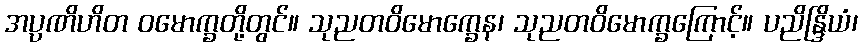
အပ္ပဏိဟိတ ဝမောက္ခတို့တွင်။ သုညတဝိမောက္ခေန၊ သုညတဝိမောက္ခကြောင့်။ ပညိန္ဒြိယံ၊